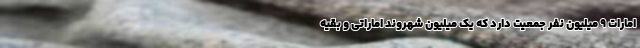
امارات 9 میلیون نفر جمعیت دارد که یک میلیون شهروند اماراتی و بقیه